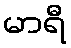
မာရီ